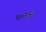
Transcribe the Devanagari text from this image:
दावणगेर